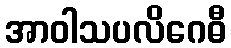
အာဝါသပလိဂေဓီ